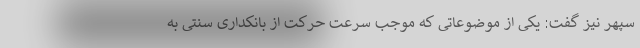
سپهر نیز گفت: یکی از موضوعاتی که موجب سرعت حرکت از بانکداری سنتی به